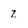
Character: z